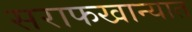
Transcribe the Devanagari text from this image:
सराफखान्यात